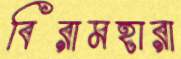
বিরামহারা